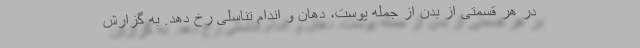
در هر قسمتی از بدن از جمله پوست، دهان و اندام تناسلی رخ دهد. به گزارش